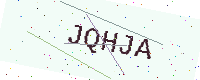
Text: JQHJA